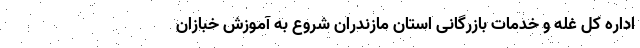
اداره کل غله و خدمات بازرگانی استان مازندران شروع به آموزش خبازان